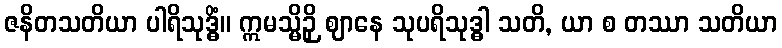
ဇနိတသတိယာ ပါရိသုဒ္ဓိံ။ ဣမသ္မိဉှိ ဈာနေ သုပရိသုဒ္ဓါ သတိ, ယာ စ တဿာ သတိယာ